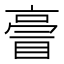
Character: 𠅿